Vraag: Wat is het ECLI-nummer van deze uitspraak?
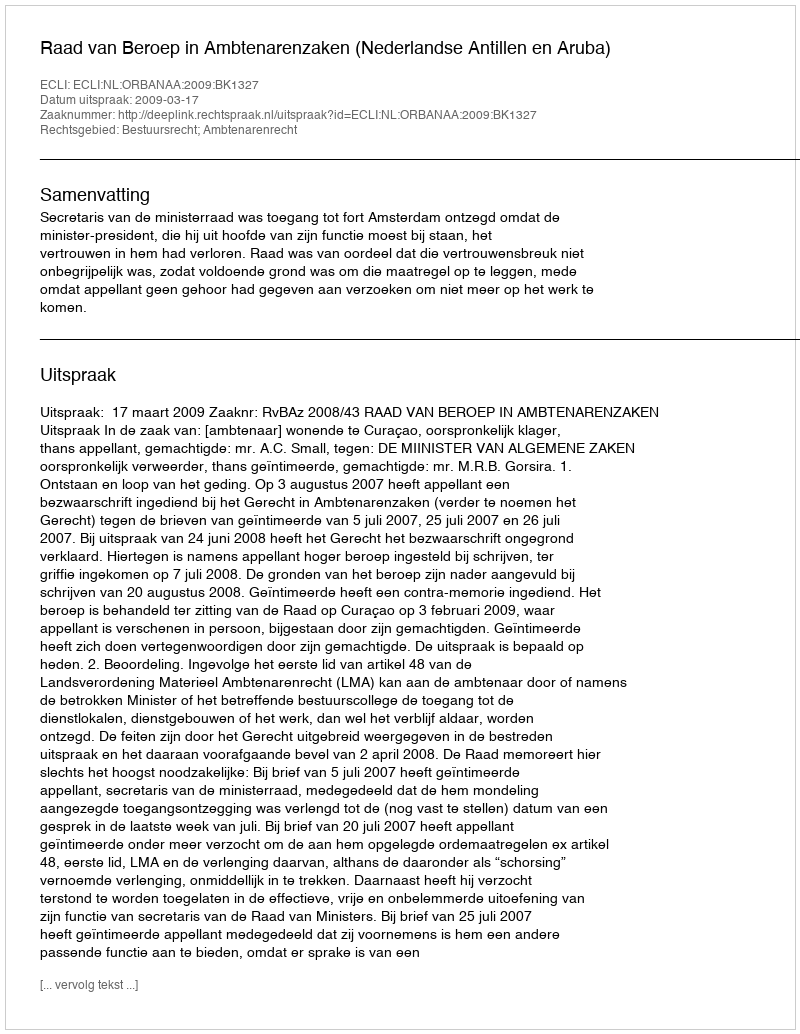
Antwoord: ECLI:NL:ORBANAA:2009:BK1327